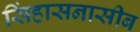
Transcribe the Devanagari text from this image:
सिंहासनासीब